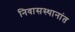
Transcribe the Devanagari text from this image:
निवासस्थानांत